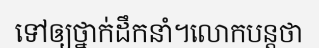
ទៅឲ្យថ្នាក់ដឹកនាំ។លោកបន្តថា